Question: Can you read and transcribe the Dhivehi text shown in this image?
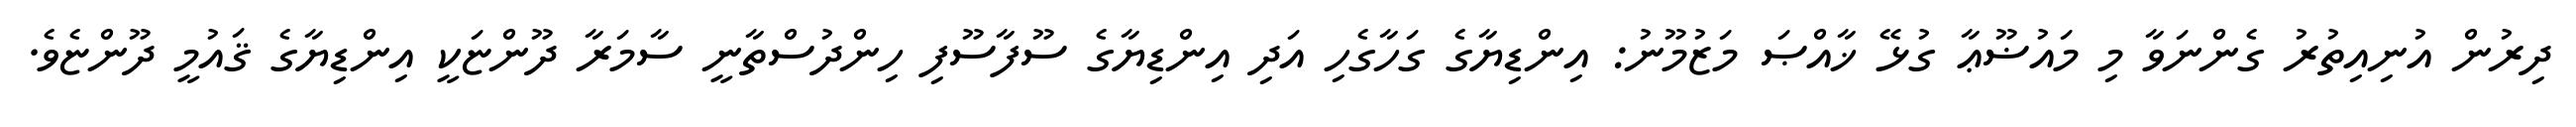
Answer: ދިރުން އުނިއިތުރު ގެންނަވާ މި މައުޟޫޢާ ގުޅޭ ޚާއްޞަ މަޒުމޫނު: އިންޑިޔާގެ ގަހާގެހި އަދި އިންޑިޔާގެ ސޫފާސޫފި ހިންދުސްތާނީ ސާމަރާ ދޫންޏަކީ އިންޑިޔާގެ ޤައުމީ ދޫންޏެވެ.